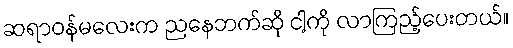
ဆရာဝန်မလေးက ညနေဘက်ဆို ငါ့ကို လာကြည့်ပေးတယ်။